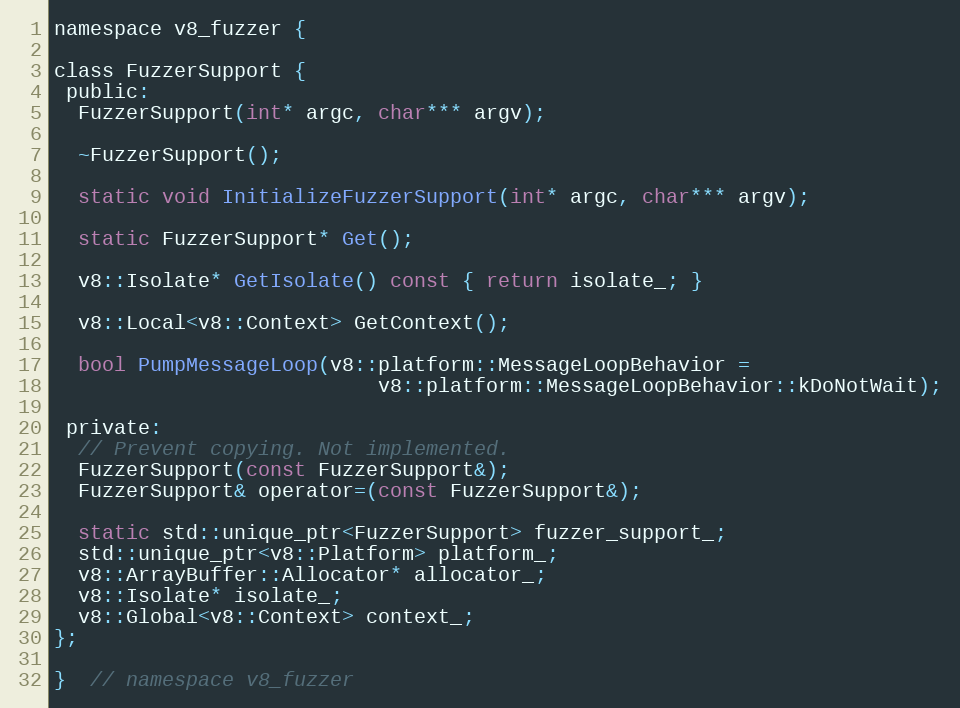
Language: C
namespace v8_fuzzer {

class FuzzerSupport {
 public:
  FuzzerSupport(int* argc, char*** argv);

  ~FuzzerSupport();

  static void InitializeFuzzerSupport(int* argc, char*** argv);

  static FuzzerSupport* Get();

  v8::Isolate* GetIsolate() const { return isolate_; }

  v8::Local<v8::Context> GetContext();

  bool PumpMessageLoop(v8::platform::MessageLoopBehavior =
                           v8::platform::MessageLoopBehavior::kDoNotWait);

 private:
  // Prevent copying. Not implemented.
  FuzzerSupport(const FuzzerSupport&);
  FuzzerSupport& operator=(const FuzzerSupport&);

  static std::unique_ptr<FuzzerSupport> fuzzer_support_;
  std::unique_ptr<v8::Platform> platform_;
  v8::ArrayBuffer::Allocator* allocator_;
  v8::Isolate* isolate_;
  v8::Global<v8::Context> context_;
};

}  // namespace v8_fuzzer